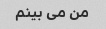
من می بینم